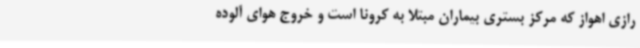
رازی اهواز که مرکز بستری بیماران مبتلا به کرونا است و خروج هوای آلوده